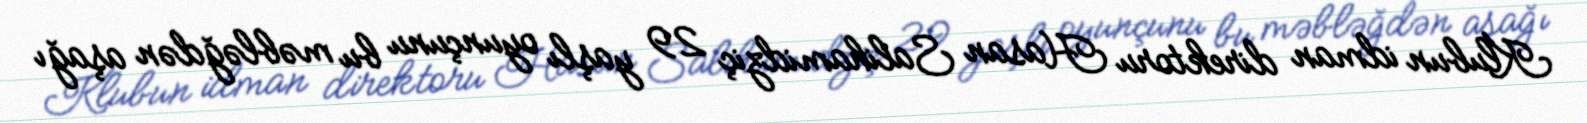
Klubun idman direktoru Hasan Salihamidziç 29 yaşlı oyunçunu bu məbləğdən aşağı